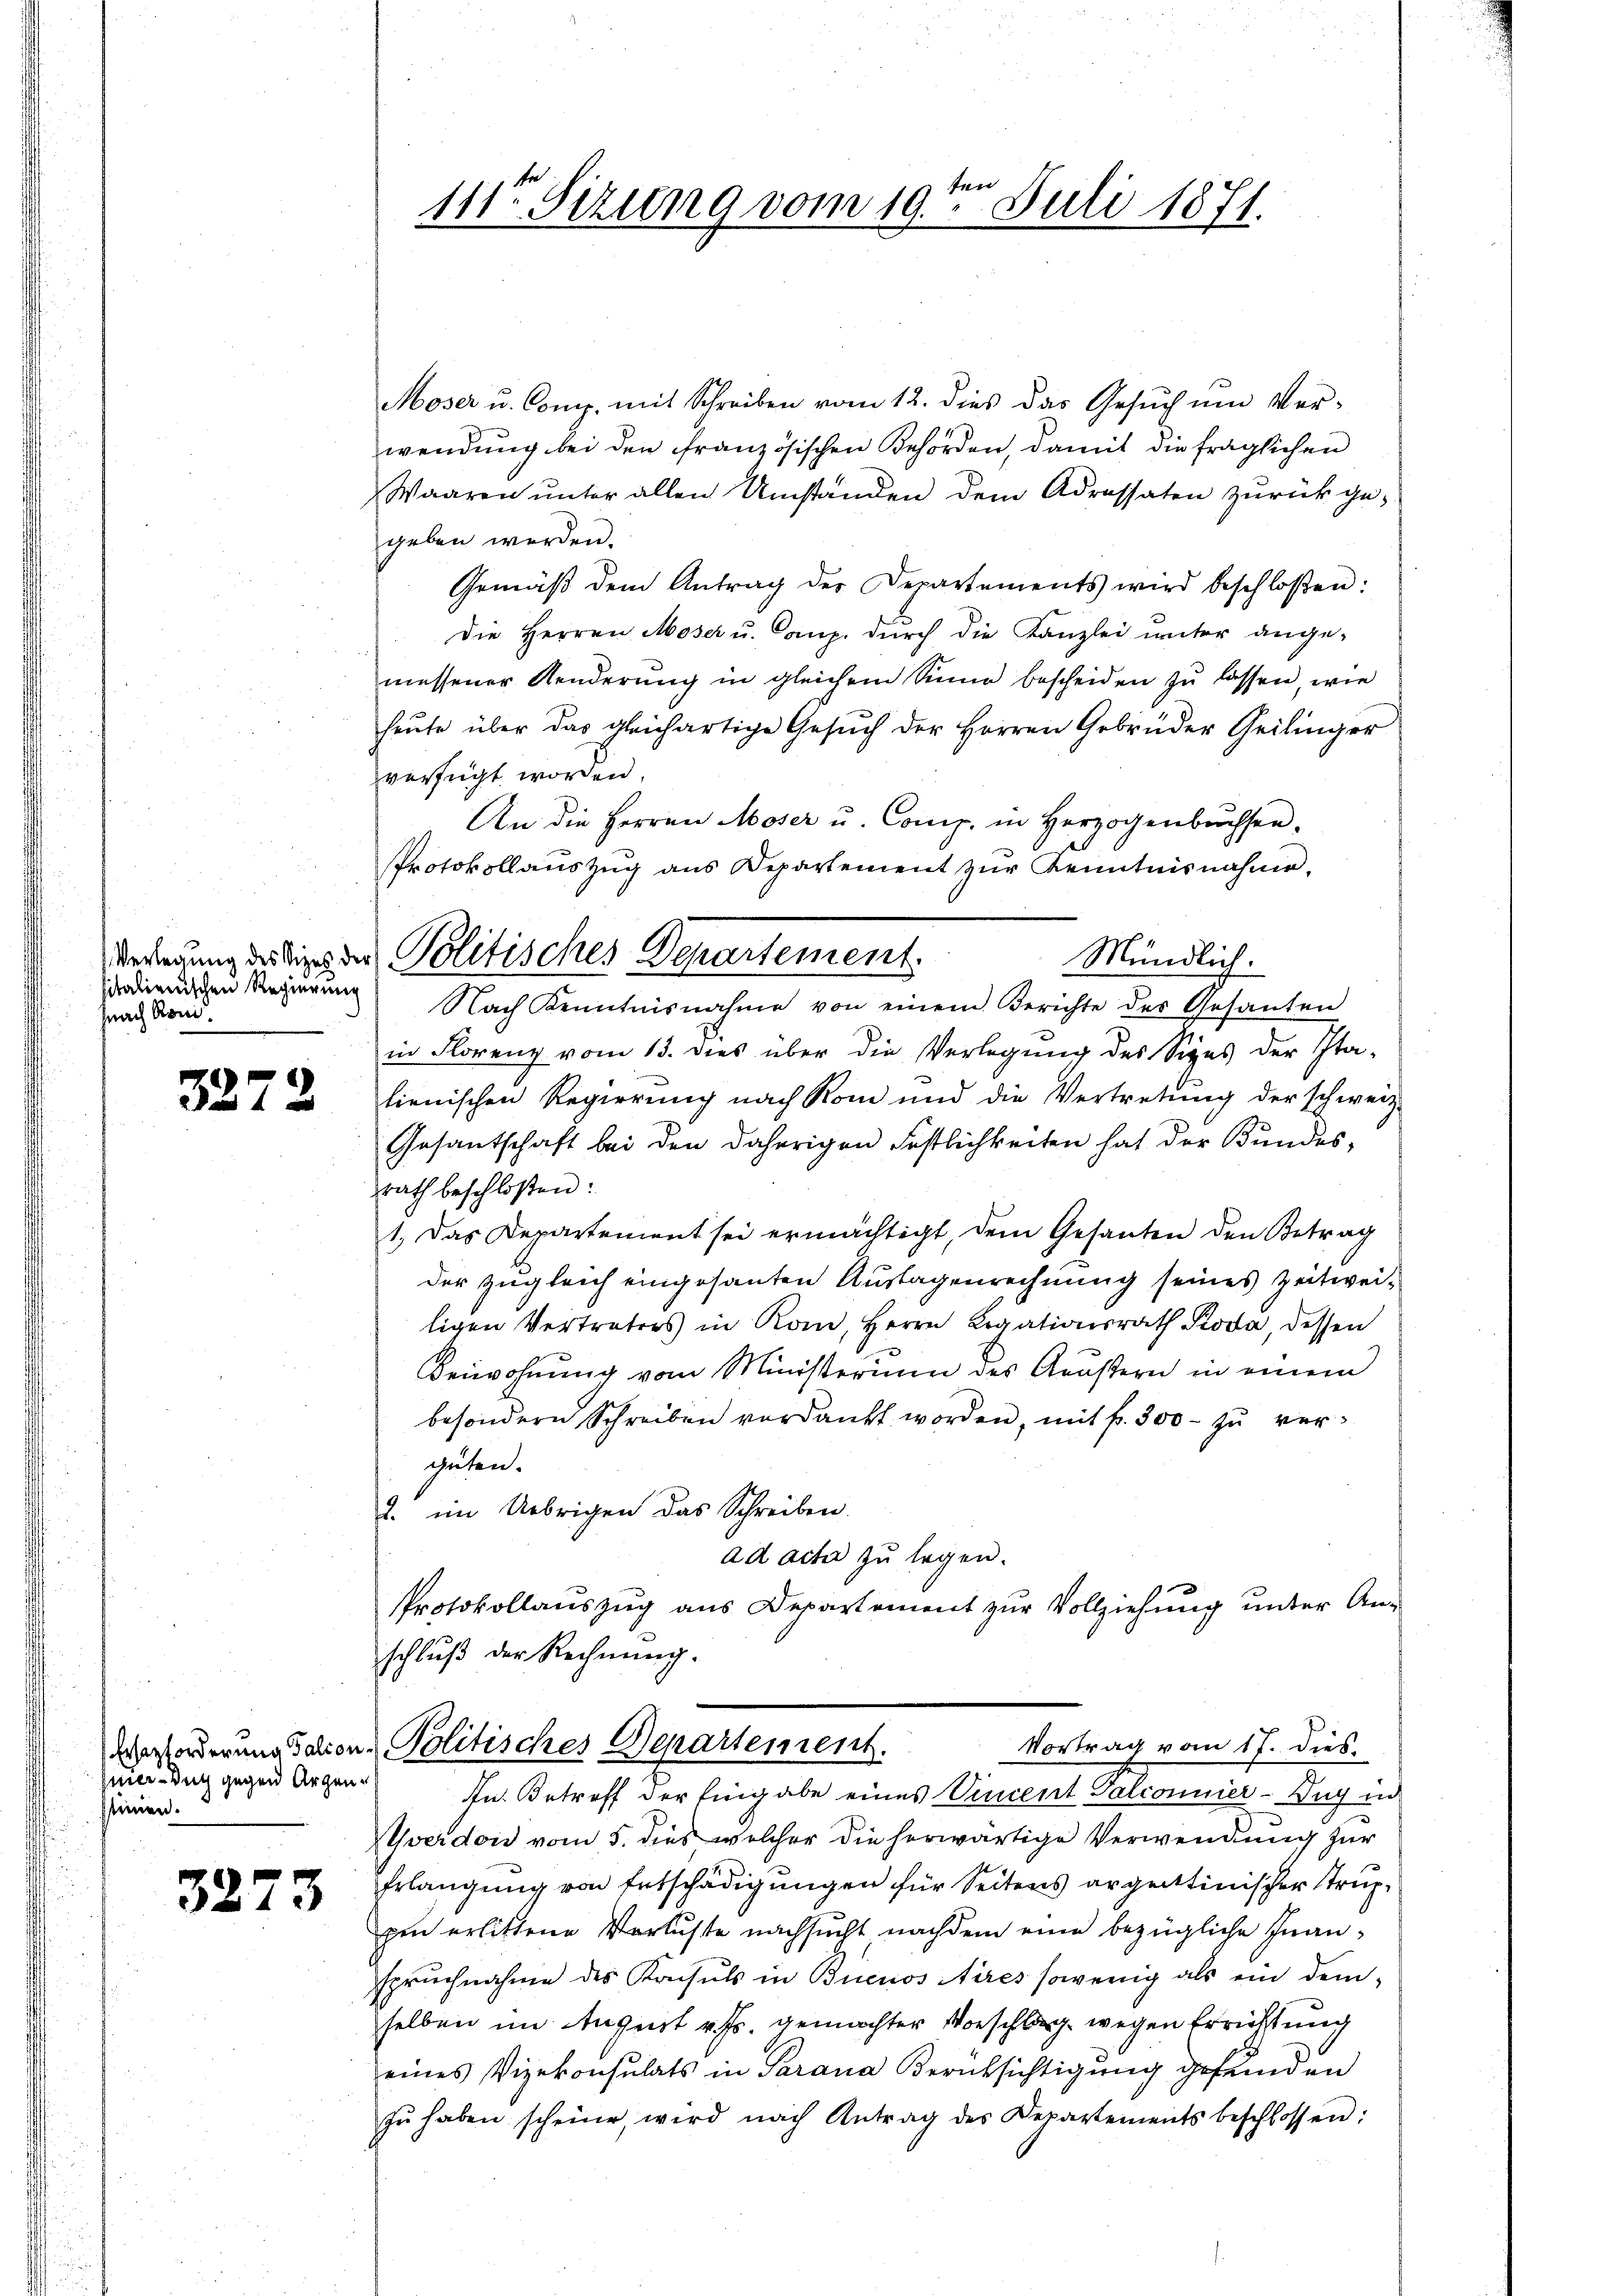
sitalienischen Regierung
nach Roni.

3272

siner Buch gegen Argenseinen.

3273

111ten Sizung vom 19. Juli 1871.

Verlegung des dies der Politisches Departement.
Mündlich.

Moser u. Comp. mit Schreiben vom 12. dies das Gesuch um Ver-
wendung bei den französischen Behörden, damit die fraglichen
Waaren unter allen Umständen dem Adressaten zurückgegeben werden.
Gemäβ dem Antrag der Departements wird beschloßen:
Die Herren Moser u. Comp. durch die Kanzlei unter ange-
messener Aenderŭng in gleichem Sinne bescheiden zŭ lassen, wie
heute über das gleichartige Gesŭch der Herren Gebrüder Geilinger
verfügt worden.
An die Herren Moser u. Comp. in Herzogenbrachsen.
Protokollauszug aus Departement zŭr Kenntnisnahme,
Nach Kenntnisnahme von einem Berichte des Gesanten
in Florenz vom 13. dies über die Verlegŭng des Siges der Ita-
lienischen Regierung nach Rom und die Vertretung der schweiz.
Gesantschaft bei den daherigen Festlichkeiten hat der Bundes-
rath beschloßen:
1. Das Departement sei ermächtigt, dem Gesanten den Betrag
der zugleich eingesanten Auslagenrechnung seines Zeitweiligen Vertreters in Kon, Herrn Legationsrath Pioda dessen
Beiwohnung vom Ministerium des Aeußern in einem
besondern Schreiben verdankt worden, mit fr. 300 zŭ ver-
güten.
2. im Uebrigen das Schreiben.
ad acta zu legen.
Protokollauszug aus Departement zur Vollziehung unter Anschluß der Rechnung.

Vortrag vom 17. dies
erforderung davon-Politisches Departement.
In Betreff der Eingabe eines Vincent Palconnier - Aug in

Vverdon vom 5. dies welcher die herwärtige Verwendung zur
Erlangung von Entschädigungen für Seitens argettinischer Struppen erlittene Verluste nachsucht nachdem eine bezügliche Inanspruchnahme des Konsuls in Buenos Aires sowenig als ein dem-
selben im August v. Js. gemachter Vorschlag wegen Errichtung
eines Vizekonsulats in Parana Berüksichtigung gefunden
zŭ haben scheine, wird nach Antrag des Departements beschlossen: